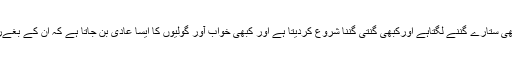
بے خوابی کا مریض کبھی ستارے گننے لگتاہے اورکبھی گنتی گننا شروع کردیتا ہے اور کبھی خواب آور گولیوں کا ایسا عادی بن جاتا ہے کہ ان کے بغےر اسے نیند ہی نہیں آتی ۔